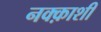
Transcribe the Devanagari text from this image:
नक्क़ाशी